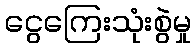
ငွေကြေးသုံးစွဲမှု